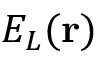
E _ { L } ( \mathbf { r } )